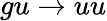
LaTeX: gu\rightarrow uu